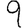
Digit: 9